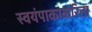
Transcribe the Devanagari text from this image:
स्वयंपाकाकरिता